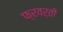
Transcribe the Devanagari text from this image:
फ़्रवर्ती